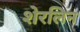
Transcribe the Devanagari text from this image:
शेरलिन